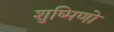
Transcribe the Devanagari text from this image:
शुष्मिणो